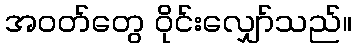
အဝတ်တွေ ဝိုင်းလျှော်သည်။